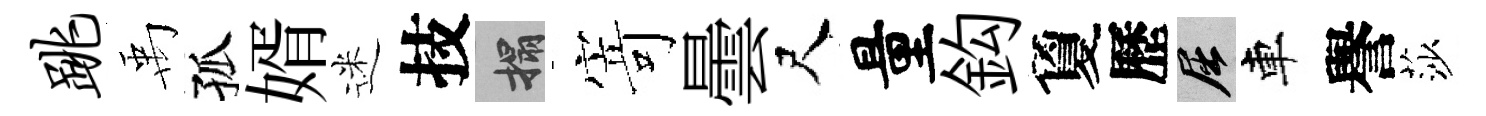
跳禹孤婿迷技搨𭔃曇尺量鈎夐歷屈車譽莎